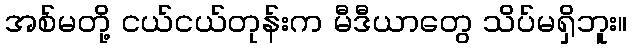
အစ်မတို့ ငယ်ငယ်တုန်းက မီဒီယာတွေ သိပ်မရှိဘူး။